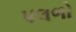
પલળો